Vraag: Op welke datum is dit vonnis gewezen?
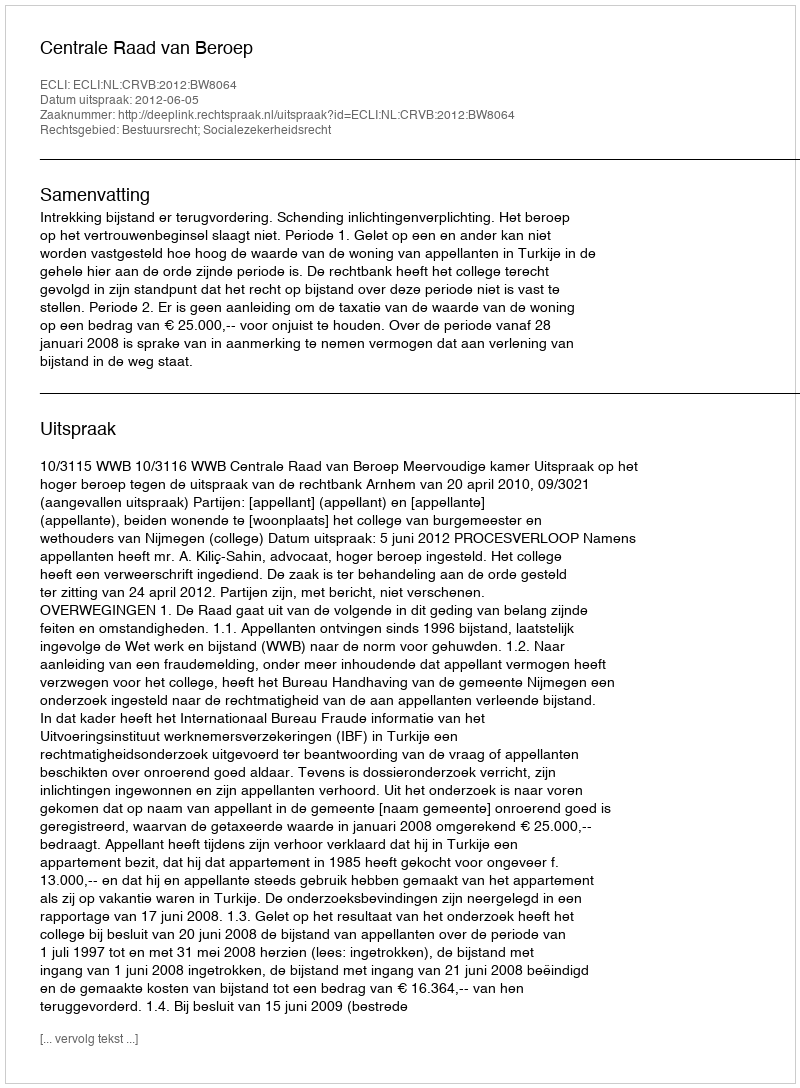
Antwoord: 2012-06-05